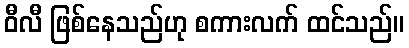
ဝီလီ ဖြစ်နေသည်ဟု စကားလက် ထင်သည်။